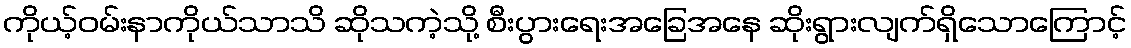
ကိုယ့်ဝမ်းနာကိုယ်သာသိ ဆိုသကဲ့သို့ စီးပွားရေးအခြေအနေ ဆိုးရွားလျက်ရှိသောကြောင့်